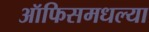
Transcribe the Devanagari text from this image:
ऑफिसमधल्या